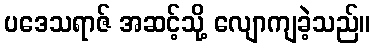
ပဒေသရာဇ် အဆင့်သို့ လျောကျခဲ့သည်။